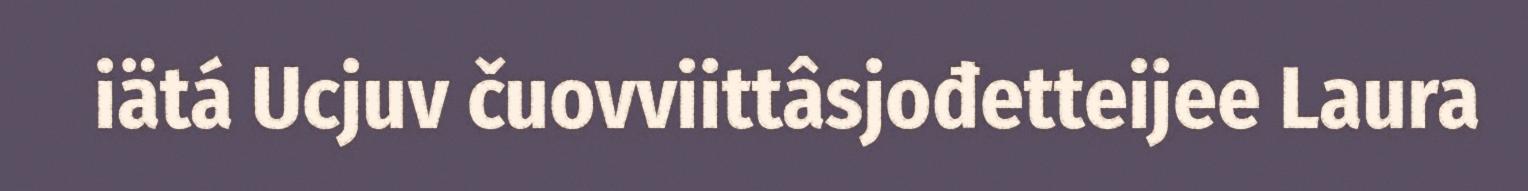
iätá Ucjuv čuovviittâsjođetteijee Laura